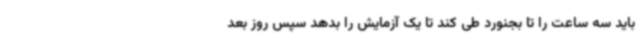
باید سه ساعت را تا بجنورد طی کند تا یک آزمایش را بدهد سپس روز بعد